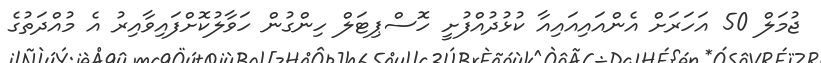
ޖުމަލް 50 އަހަރަށް އެންއައިއައިއާ ކުޅުދުއްފުށީ ހޮސްޕިޓަލް ހިންގުން ހަވާލުކޮށްފައިވާއިރު އެ މުއްދަތުގެ